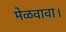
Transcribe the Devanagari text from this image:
मेळवावा।